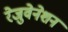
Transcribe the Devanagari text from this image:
रेजुवेनेशन